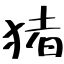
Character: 猪